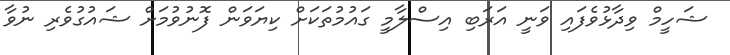
ޝަހީމް ވިދާޅުވެފައި ވަނީ އަރަބި އިސްލާމީ ގައުމުތަކަށް ކިޔަވަން ފޮނުވުމަށް ޝައުގުވެރި ނުވާ